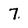
Character: 7